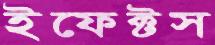
ইফেক্টস